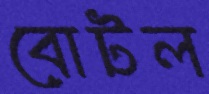
বোটল